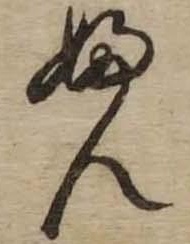
ふん